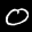
Label: 0